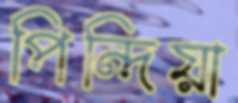
পিন্দিয়া